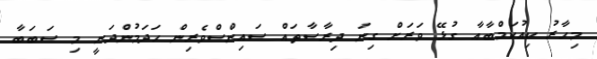
މިހާރު ކިއުކަމްބާއާ ގުޅޭ ވަރަށް ގިނަ ދިރާސާތައް ސައިންސްވެރިން ހަދަމުންދަނީ މި ސަބަބާ